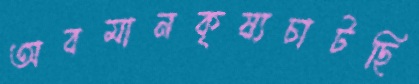
অবমানকৃষ্যচাটছি